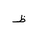
Letter: _za